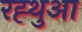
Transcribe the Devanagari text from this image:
रह्थुआ